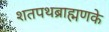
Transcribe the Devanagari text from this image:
शतपथब्राह्मणके